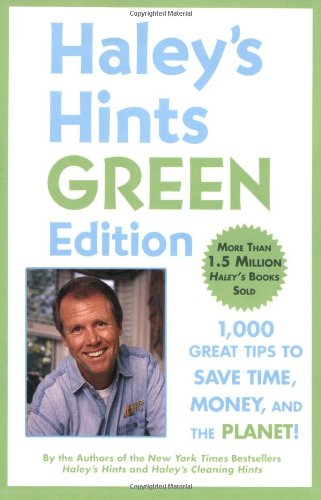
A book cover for Haley's Hints Green Edition: 1000 Great Tips to Save Time, Money, and the Planet!; Graham Haley; Crafts, Hobbies & Home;